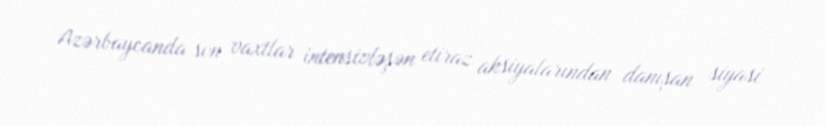
Azərbaycanda son vaxtlar intensivləşən etiraz aksiyalarından danışan siyasi